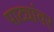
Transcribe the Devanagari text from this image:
पाट्यांवर